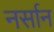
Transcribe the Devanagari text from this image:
नर्सान